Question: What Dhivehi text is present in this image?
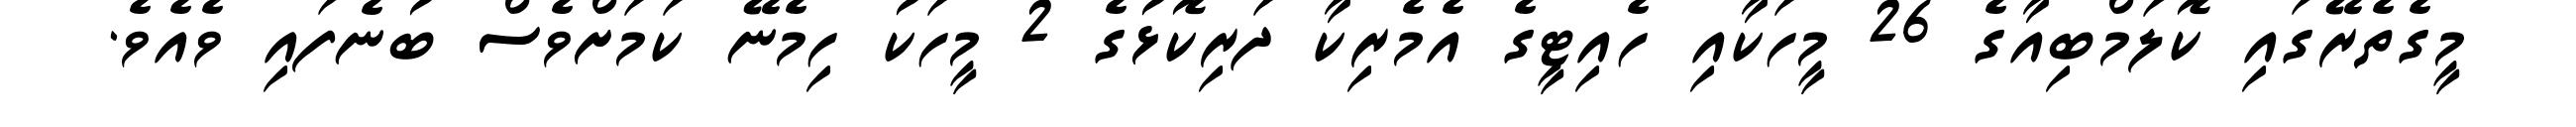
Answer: މީގެތެރޭގައި ކޮލަމްބިއާގެ 26 މީހަކާއި ހެއިޓީގެ އެމެރިކާ ދަރިކޮޅުގެ 2 މީހަކު ހިމެނޭ ކަމަށްވެސް ބުނެފައި ވެއެވެ.